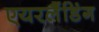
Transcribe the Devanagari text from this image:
एयरलैंडिंग